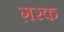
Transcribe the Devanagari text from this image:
ग़रक